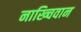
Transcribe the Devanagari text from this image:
नाख्चिवान